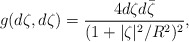
\begin{align*}g(d\zeta,d\zeta) = \frac{4d\zeta d\bar\zeta}{(1 + |\zeta|^2/ R^2)^2},\end{align*}